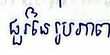
ជួរនៃរូបភាព